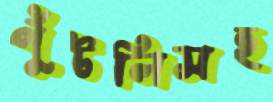
পুঁটলিসহ